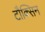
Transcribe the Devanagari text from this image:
टौक्सिन